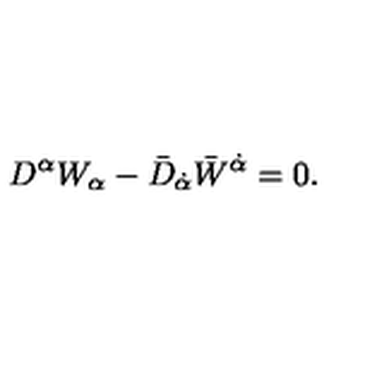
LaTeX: D ^ { \alpha } W _ { \alpha } - \bar { D } _ { \dot { \alpha } } \bar { W } ^ { \dot { \alpha } } = 0 .